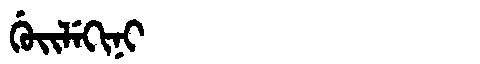
Manchu: ᡤᡠᡳᠯᡝᡴᡳᠨᡳ
Romanization: GUILEKINI